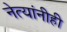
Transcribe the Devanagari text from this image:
नेत्यांनीही